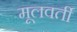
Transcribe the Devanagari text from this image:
मूलवर्ती